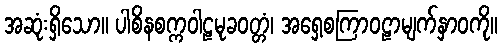
အဆုံးရှိသော။ ပါစိနစက္ကဝါဠမုခဝတ္တံ၊ အရှေ့စကြာဝဠာမျက်နှာဝကို။